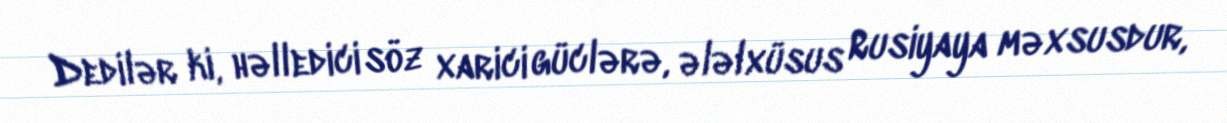
Dedilər ki, həlledici söz xarici güclərə, ələlxüsus Rusiyaya məxsusdur,